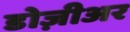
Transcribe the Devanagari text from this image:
डोज़ीअर